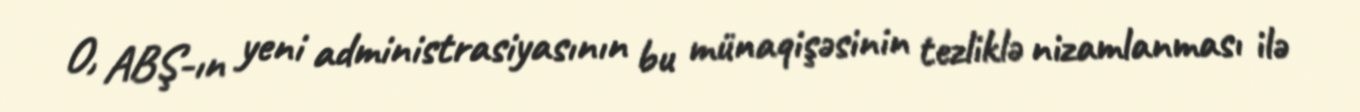
O, ABŞ-ın yeni administrasiyasının bu münaqişəsinin tezliklə nizamlanması ilə